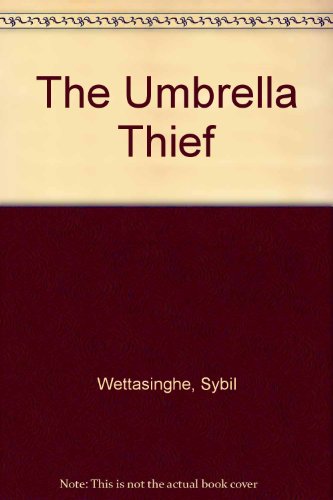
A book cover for The Umbrella Thief; Sybil Wettasinghe; Children's Books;